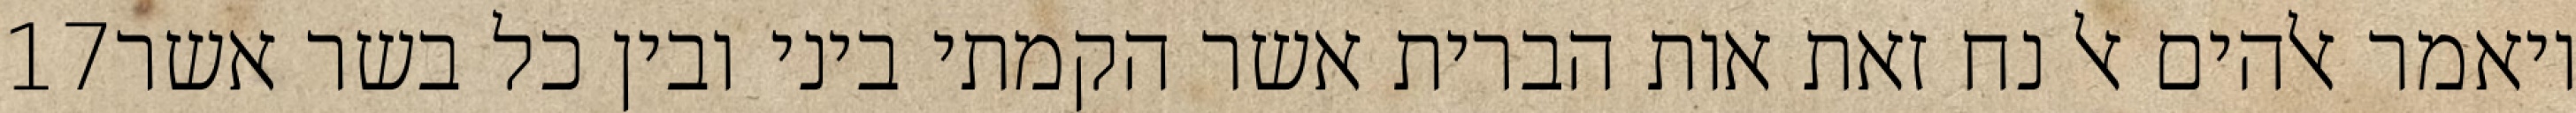
‎17‏ ויאמר אלהים אל נח זאת אות הברית אשר הקמתי ביני ובין כל בשר אשר